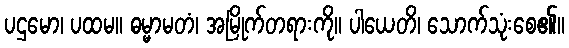
ပဌမော၊ ပထမ။ ဓမ္မာမတံ၊ အမြိုက်တရားကို။ ပါယေတိ၊ သောက်သုံးစေ၏။